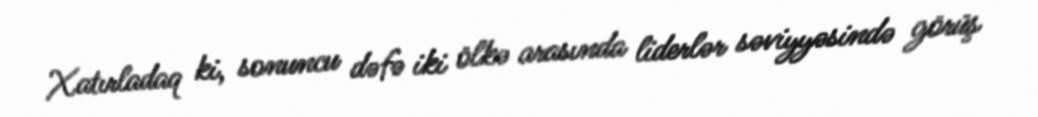
Xatırladaq ki, sonuncu dəfə iki ölkə arasında liderlər səviyyəsində görüş